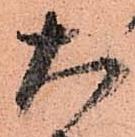
大